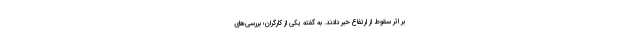
بر اثر سقوط از ارتفاع خبر دادند. به گفته یکی از کارگران؛ بررسی‌های